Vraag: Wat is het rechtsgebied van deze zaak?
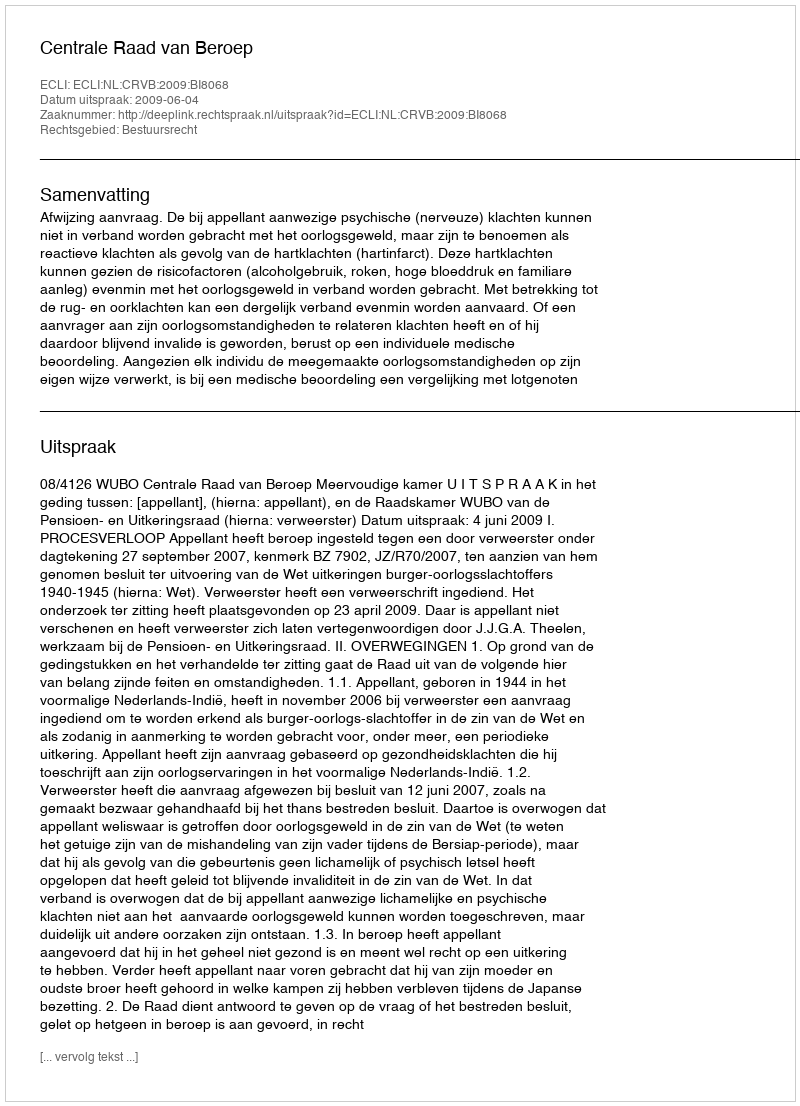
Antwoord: Bestuursrecht